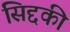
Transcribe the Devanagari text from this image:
सिद्दकी